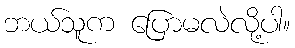
ဘယ်သူက ပြောမလဲလို့ပါ။